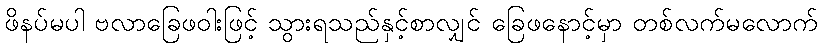
ဖိနပ်မပါ ဗလာခြေဖဝါးဖြင့် သွားရသည်နှင့်စာလျှင် ခြေဖနောင့်မှာ တစ်လက်မလောက်